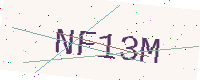
Text: NF13M